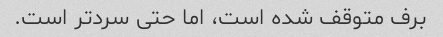
برف متوقف شده است، اما حتی سردتر است.